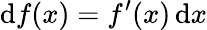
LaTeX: \mathrm{d}f(x)=f^{\prime}(x)\, \mathrm{d}x